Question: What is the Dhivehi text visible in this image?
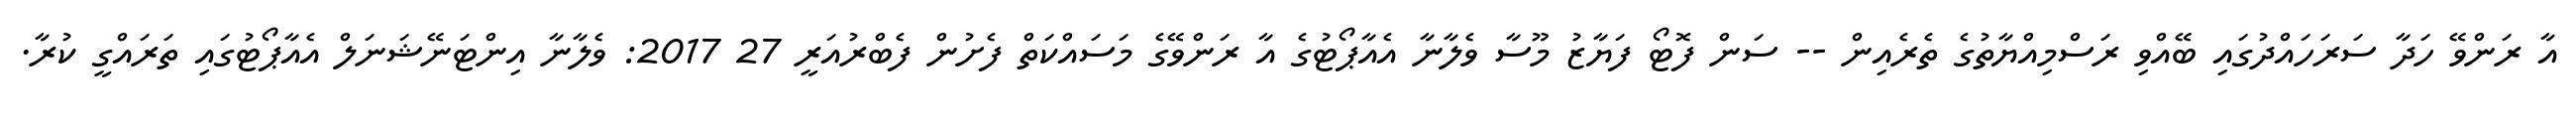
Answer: އާ ރަންވޭ ހަދާ ސަރަހައްދުގައި ބޭއްވި ރަސްމިއްޔާތުގެ ތެރެއިން -- ސަން ފޮޓޯ ފަޔާޒު މޫސާ ވެލާނާ އެއާޕޯޓުގެ އާ ރަންވޭގެ މަސައްކަތް ފެށުން ފެބްރުއަރީ 27 2017: ވެލާނާ އިންޓަނޭޝަނަލް އެއާޕޯޓުގައި ތަރައްގީ ކުރާ.